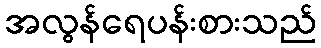
အလွန်ရေပန်းစားသည်